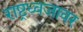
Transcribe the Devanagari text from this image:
राष्ट्रध्वजावर